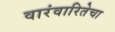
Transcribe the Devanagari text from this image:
वारंवारितेचा